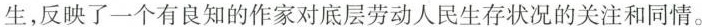
生，反映了一个有良知的作家对底层劳动人民生存状况的关注和同情。